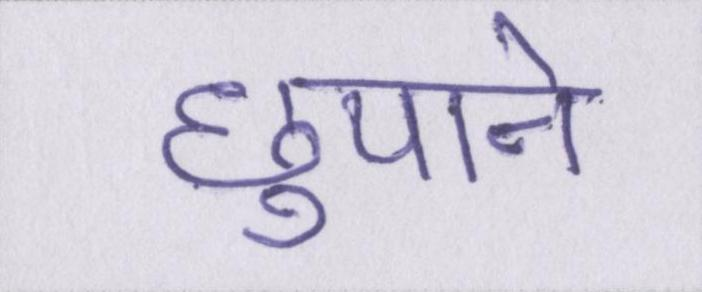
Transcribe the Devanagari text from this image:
छुपाने